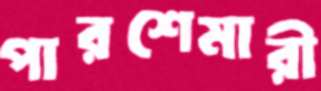
পারশেমারী